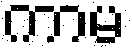
ကာမ